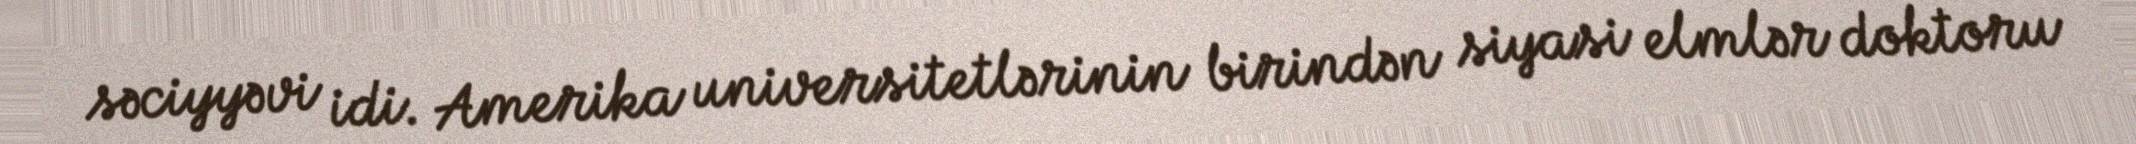
səciyyəvi idi. Amerika universitetlərinin birindən siyasi elmlər doktoru